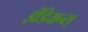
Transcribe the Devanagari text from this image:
इंडियन्स्